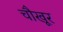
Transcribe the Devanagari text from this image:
चौखूर